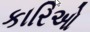
કારિઓ